Reports on military cantonments and civil stations in the Presidency of Bombay inspected by the Sanitary Commissioner in the years 1875 and 1876
Year: 1875
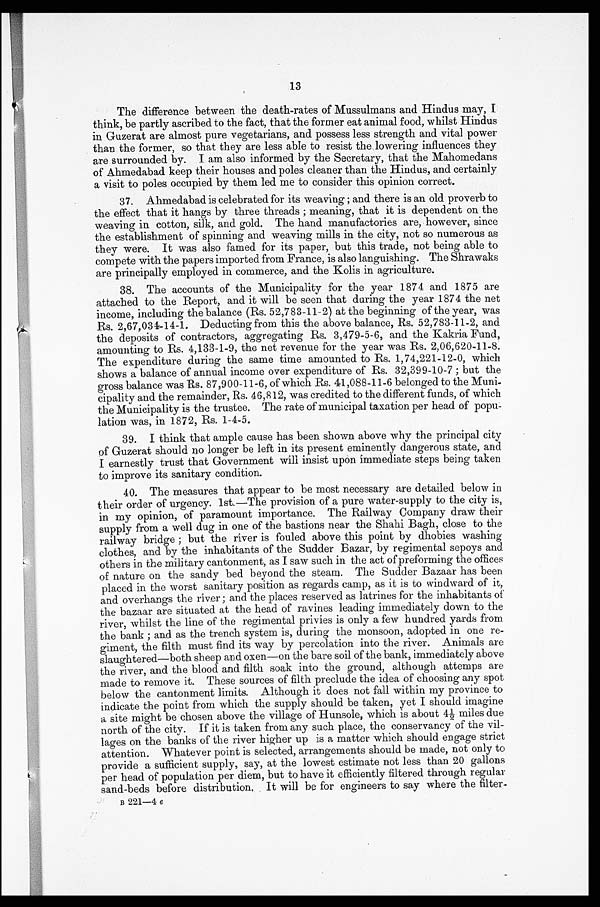
13
The difference between the death-rates of Mussulmans and Hindus may, I
think, be partly ascribed to the fact, that the former eat animal food, whilst Hindus
in Guzerat are almost pure vegetarians, and possess less strength and vital power
than the former, so that they are less able to resist the lowering influences they
are surrounded by. I am also informed by the Secretary, that the Mahomedans
of Ahmedabad keep their houses and poles cleaner than the Hindus, and certainly
a visit to poles occupied by them led me to consider this opinion correct.
37. Ahmedabad is celebrated for its weaving; and there is an old proverb to
the effect that it hangs by three threads; meaning, that it is dependent on the
weaving in cotton, silk, and gold. The hand manufactories are, however, since
the establishment of spinning and weaving mills in the city, not so numerous as
they were. It was also famed for its paper, but this trade, not being able to
compete with the papers imported from France, is also languishing. The Shrawaks
are principally employed in commerce, and the Kolis in agriculture.
38. The accounts of the Municipality for the year 1874 and 1875 are
attached to the Report, and it will be seen that during the year 1874 the net
income, including the balance (Rs. 52,783-11-2) at the beginning of the year, was
Rs. 2,67,034-14-1. Deducting from this the above balance, Rs. 52,783-11-2, and
the deposits of contractors, aggregating Rs. 3,479-5-6, and the Kakria Fund,
amounting to Rs. 4,133-1-9, the net revenue for the year was Rs. 2,06,620-11-8.
The expenditure during the same time amounted to Rs. 1,74,221-12-0, which
shows a balance of annual income over expenditure of Rs. 32,399-10-7; but the
gross balance was Rs. 87,900-11-6, of which Rs. 41,088-11-6 belonged to the Muni
-cipality and the remainder, Rs. 46,812, was credited to the different funds, of which
the Municipality is the trustee. The rate of municipal taxation per head of popu
-lation was, in 1872, Rs. 1-4-5.
39. I think that ample cause has been shown above why the principal city
of Guzerat should no longer be left in its present eminently dangerous state, and
I earnestly trust that Government will insist upon immediate steps being taken
to improve its sanitary condition.
40. The measures that appear to be most necessary are detailed below in
their order of urgency. lst.—The provision of a pure water-supply to the city is,
in my opinion, of paramount importance. The Railway Company draw their
supply from a well dug in one of the bastions near the Shahi Bagh, close to the
railway bridge; but the river is fouled above this point by dhobies washing
clothes, and by the inhabitants of the Sudder Bazar, by regimental sepoys and
others in the military cantonment, as I saw such in the act of preforming the offices
of nature on the sandy bed beyond the steam. The Sudder Bazaar has been
placed in the worst sanitary position as regards camp, as it is to windward of it,
and overhangs the river; and the places reserved as latrines for the inhabitants of
the bazaar are situated at the head of ravines leading immediately down to the
river, whilst the line of the regimental privies is only a few hundred yards from
the bank; and as the trench system is, during the monsoon, adopted in one re
-giment, the filth must find its way by percolation into the river. Animals are
slaughtered—both sheep and oxen—on the bare soil of the bank, immediately above
the river, and the blood and filth soak into the ground, although attemps are
made to remove it. These sources of filth preclude the idea of choosing any spot
below the cantonment limits. Although it does not fall within my province to
indicate the point from which the supply should be taken, yet I should imagine
a site might be chosen above the village of Hunsole, which is about 4½ miles due
north of the city. If it is taken from any such place, the conservancy of the vil
-lages on the banks of the river higher up is a matter which should engage strict
attention. Whatever point is selected, arrangements should be made, not only to
provide a sufficient supply, say, at the lowest estimate not less than 20 gallons
per head of population per diem, but to have it efficiently filtered through regular
sand-beds before distribution, It will be for engineers to say where the filter
-
B 221—4 e